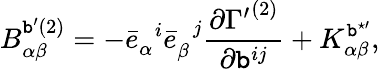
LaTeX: {B}_{\alpha\beta}^{\mathtt{b}^{\prime}(2)}=-{\bar{{e}}}_{\alpha}^{\; \; i}{\bar{{e}}}_{\beta}^{\; \; j}\frac{{\partial{\Gamma^{\prime}}^{(2)}}}{{\partial\mathtt{b}^{ij}}}+{K}_{\alpha\beta}^{\mathtt{b}^{\star\prime}},